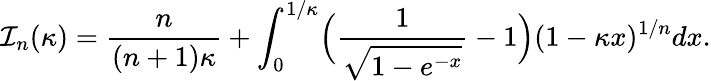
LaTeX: {\cal I}_{n}(\kappa)={\frac{n}{(n+1)\kappa}}+\int_{0}^{1/\kappa}\Bigl({\frac{\displaystyle 1}{\displaystyle\sqrt{1-e^{-x}}}}-1\Bigr)(1-\kappa x)^{1/n}dx.